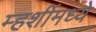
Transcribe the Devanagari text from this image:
म्हशींमध्ये